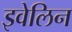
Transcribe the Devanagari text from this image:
इवेलिन